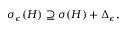
\begin{array} { r } { \sigma _ { \epsilon } ( H ) \supseteq \sigma ( H ) + \Delta _ { \epsilon } , } \end{array}